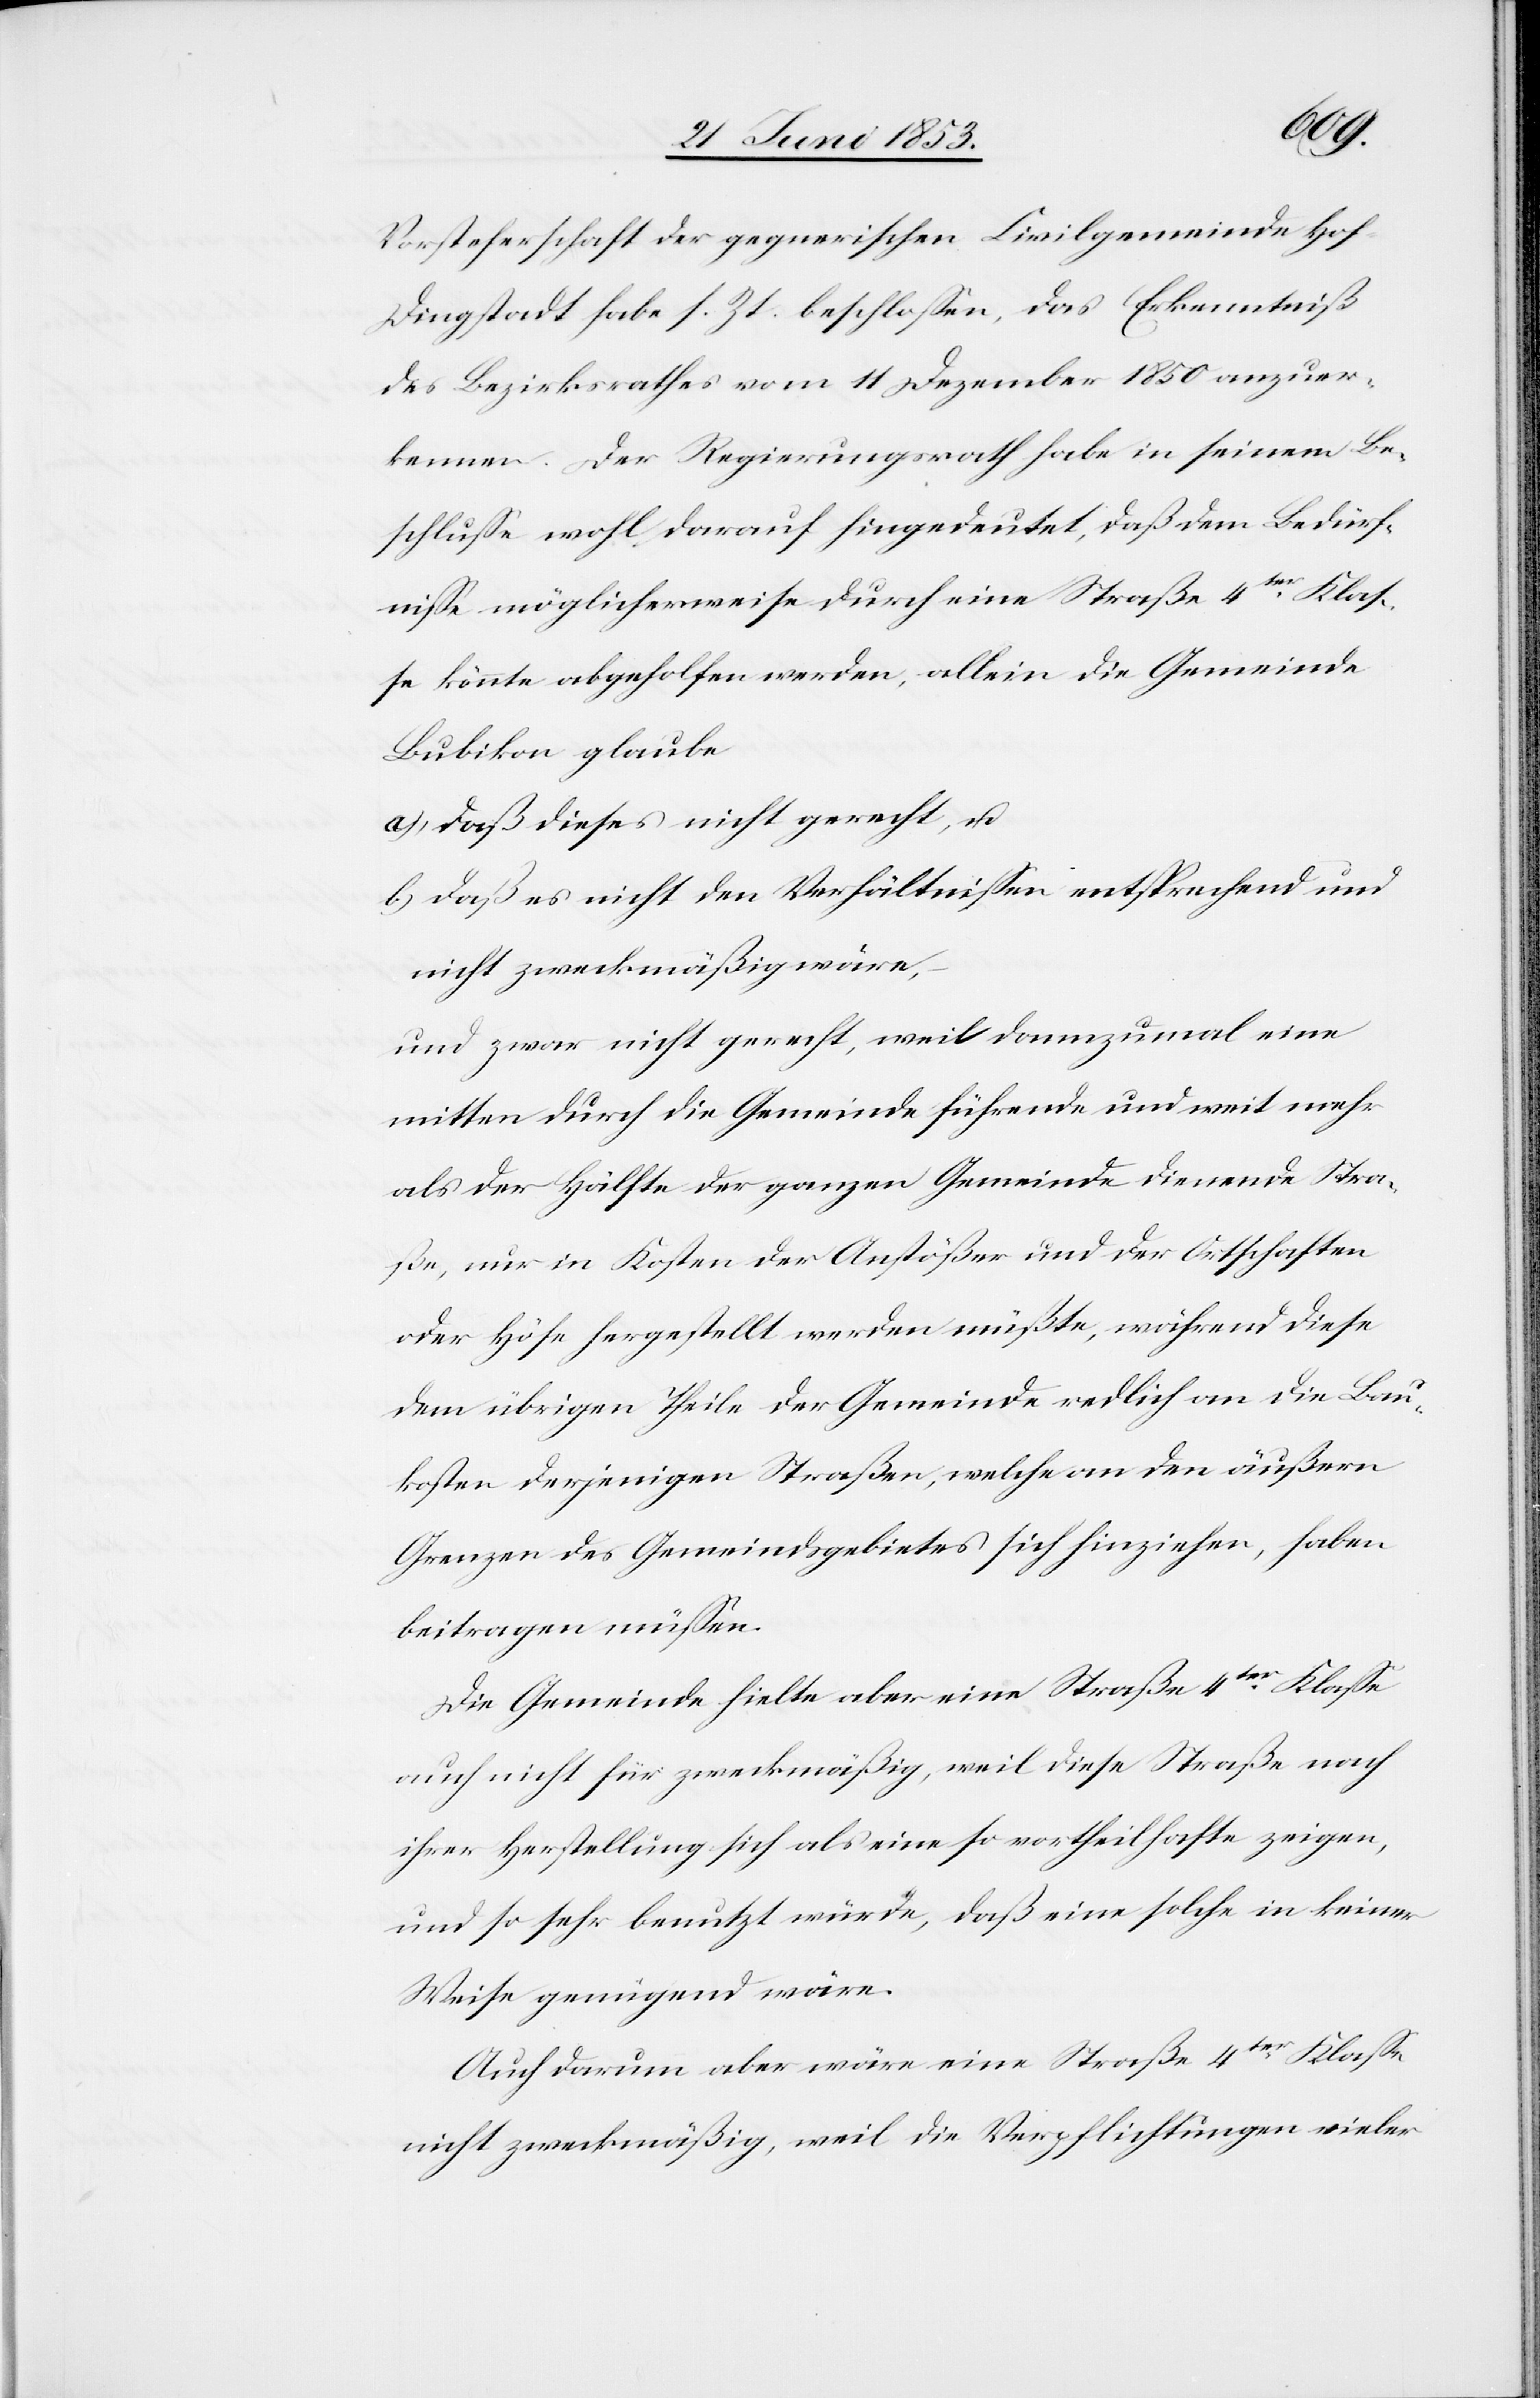
Vorsteherschaft der gegnerischen Civilgemeinde Hof-D¬
ingstadt habe s. Zt. beschloßen, das Erkenntniß
des Bezirksrathes vom 11 Dezember 1850 anzuer¬
kennen. Der Regierungsrath habe in seinem Be¬
schluße wohl darauf hingedeutet, daß dem Bedürf¬
niße möglicherweise durch eine Straße 4ter. Klaß¬
e könnte abgeholfen werden, allein die Gemeinde
Bubikon glaube
a) daß dieses nicht gerecht, u.
b) daß es nicht den Verhältnißen entsprechend und
nicht zweckmäßig wäre,
und zwar nicht gerecht, weil dannzumal eine
mitten durch die Gemeinde führende und weit mehr
als der Hälfte der ganzen Gemeinde dienende Stra¬
ße, nur in Kosten der Anstößer und der Ortschaften
oder Höfe hergestellt werden müßte, während diese
dem übrigen Theile der Gemeinde endlich an die Bau¬
kosten derjenigen Straßen, welche an den äußern
Grenzen des Gemeindsgebietes sich hinziehen, haben
beitragen müßen.
Die Gemeinde hielte aber eine Straße 4ter. Klaße
auch nicht für zweckmäßig, weil diese Straße nach
ihrer Herstellung sich als eine so vortheilhafte zeigen,
und so sehr benutzt würde, daß eine solche in keiner
Weise genügend wäre.
Auch darum aber wäre eine Straße 4ter. Klaße
nicht zweckmäßig, weil die Verpflichtungen vieler